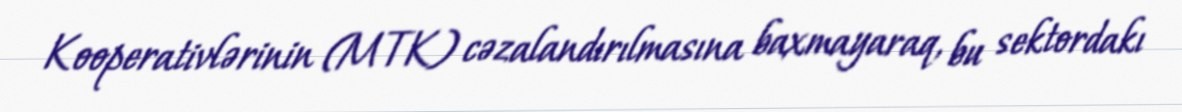
Kooperativlərinin (MTK) cəzalandırılmasına baxmayaraq, bu sektordakı